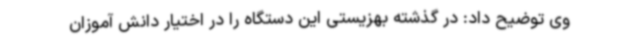
وی توضیح داد: در گذشته بهزیستی این دستگاه را در اختیار دانش آموزان